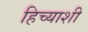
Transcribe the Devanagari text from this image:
हिच्‍याशी